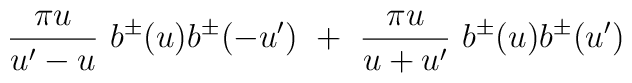
\frac{\pi u}{u'-u} ~ b^\pm (u) b^\pm (-u') ~+~\frac{\pi u}{u+u'} ~ b^\pm (u) b^\pm (u')